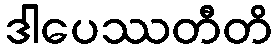
ဒါပေဿတီတိ